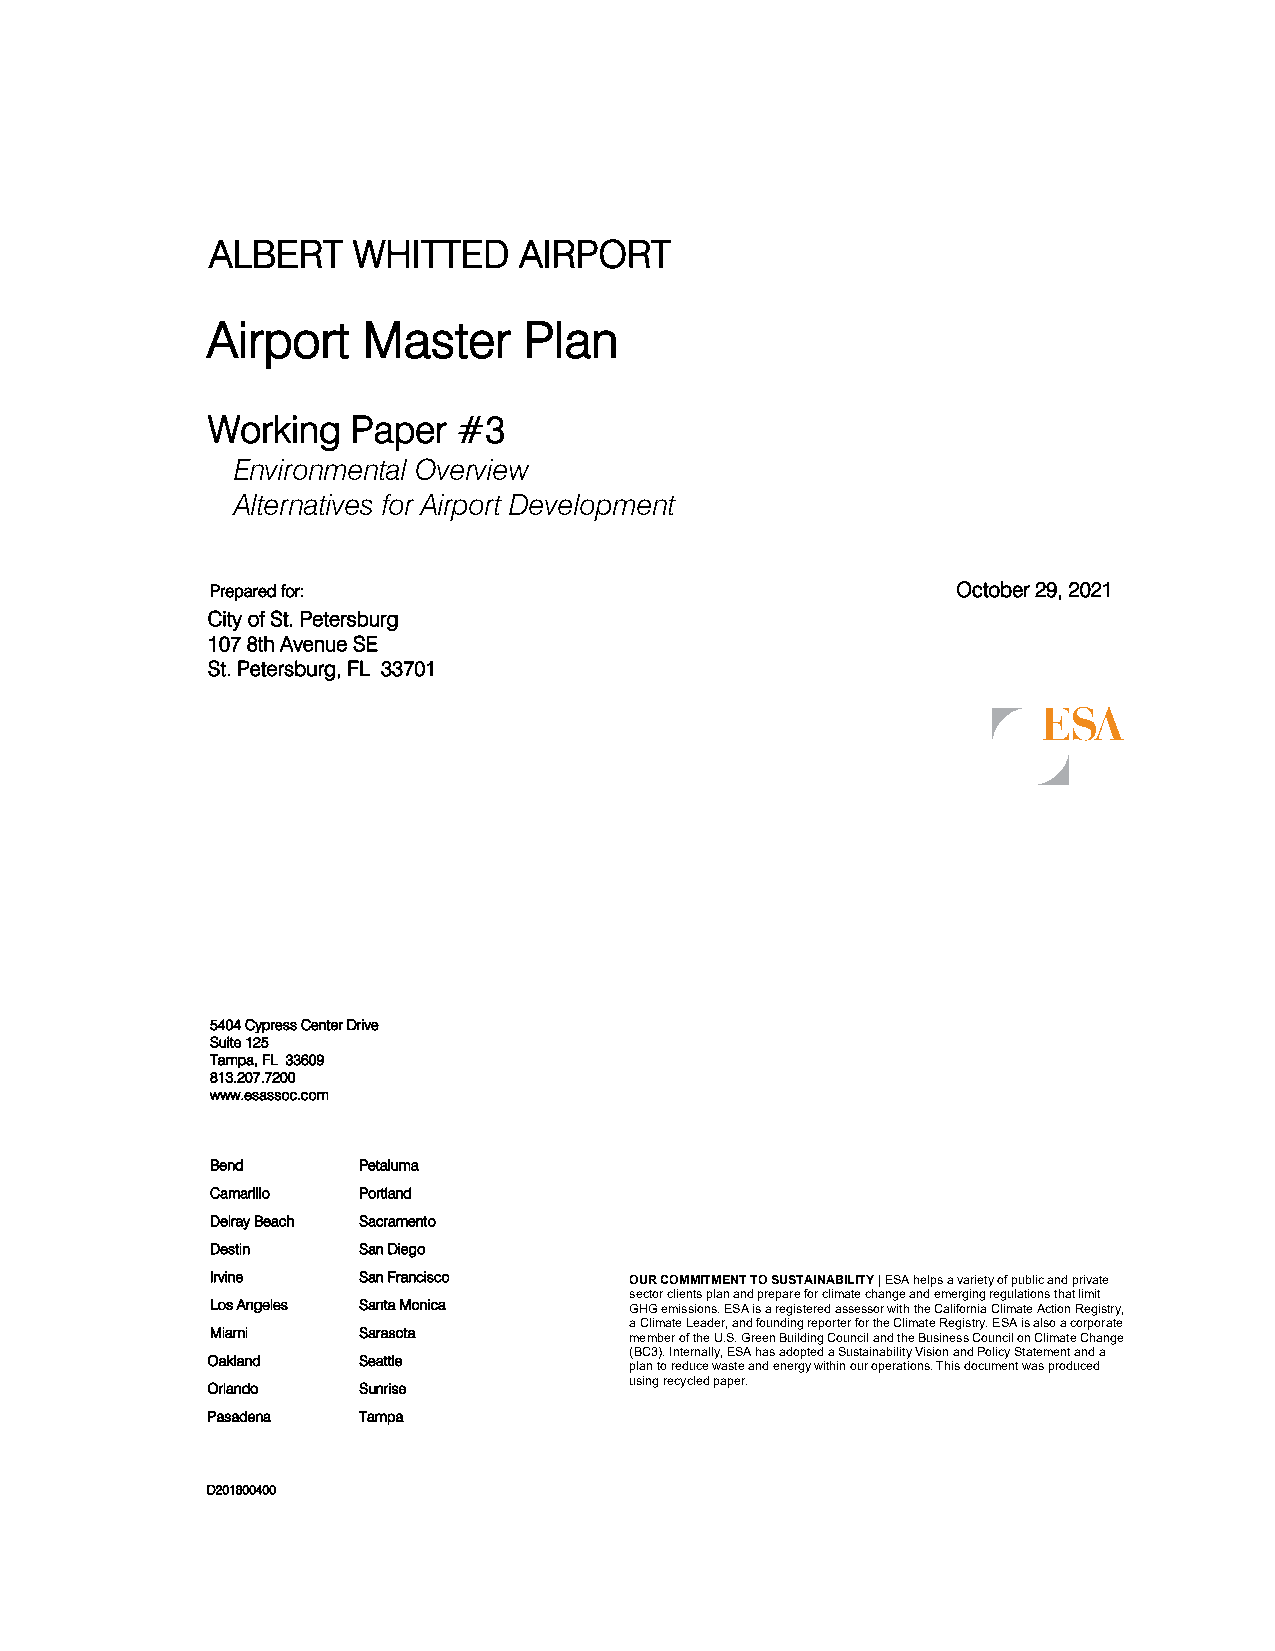
ALBERT   WHITTED    AIRPORT
 Airport   Master     Plan
 Working  Paper  #3
 Environmental Overview
 Alternatives for Airport Development
 Prepared for:                                    October 29, 2021
 City of St. Petersburg
 107 8th Avenue SE
 St. Petersburg, FL 33701
 5404 Cypress Center Drive
 Suite 125
 Tampa, FL 33609
 813.207.7200
 www.esassoc.com
 Bend      Petaluma
 Camarillo Portland
 Delray Beach Sacramento
 Destin    San Diego
 Irvine    San Francisco     OUR COMMITMENT TO SUSTAINABILITY | ESA helps a variety of public and private
 sector clients plan and prepare for climate change and emerging regulations that limit
 Los Angeles Santa Monica    GHG emissions. ESA is a registered assessor with the California Climate Action Registry,
 a Climate Leader, and founding reporter for the Climate Registry. ESA is also a corporate
 Miami     Sarasota
 member of the U.S. Green Building Council and the Business Council on Climate Change
 (BC3). Internally, ESA has adopted a Sustainability Vision and Policy Statement and a
 Oakland   Seattle
 plan to reduce waste and energy within our operations. This document was produced
 using recycled paper.
 Orlando   Sunrise
 Pasadena  Tampa
 D201800400